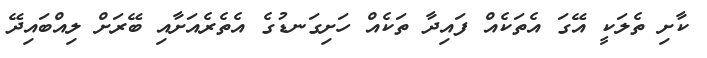
ކާށި ތެލަކީ އޭގަ އެތަކެއް ފައިދާ ތަކެއް ހަށިގަނޑުގެ އެތެރެއަށާއި ބޭރަށް ލިއްބައިދޭ